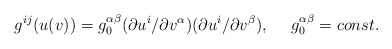
\begin{align*}g^{ij}(u(v))=g^{\alpha \beta}_{0}(\partial u^{i}/ \partial v^{\alpha})(\partial u^{i}/ \partial v^{\beta}), \ \ \ \ g^{\alpha \beta}_{0}=const.\end{align*}